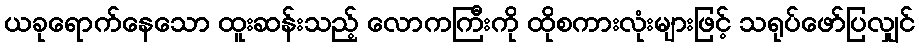
ယခုရောက်နေသော ထူးဆန်းသည့် လောကကြီးကို ထိုစကားလုံးများဖြင့် သရုပ်ဖော်ပြလျှင်